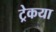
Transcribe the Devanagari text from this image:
ट्रेकया